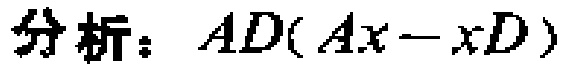
分析：\(AD(Ax - xD)\)